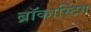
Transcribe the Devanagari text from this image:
ब्रॉकास्टिंग